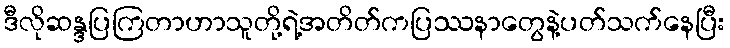
ဒီလိုဆန္ဒပြကြတာဟာသူတို့ရဲ့အတိတ်ကပြဿနာတွေနဲ့ပတ်သက်နေပြီး